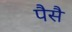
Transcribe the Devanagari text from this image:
पैसै